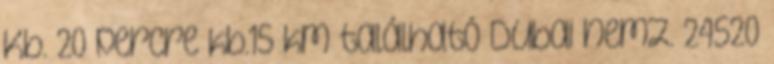
Kb. 20 percre kb.15 km található Dubai nemz. 24520